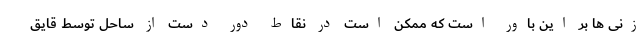
زنی ها بر این باور است که ممکن است در نقاط دور دست از ساحل توسط قایق